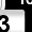
Digit: 3